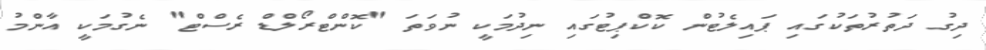
ދިގު ދަތުރުތަކުގައި ޕައިލެޓުން ކޮކްޕިޓުގައި ނިދުމަކީ ނުވަތަ "ކޮންޓްރޯލްޑް ރެސްޓް" ނެގުމަކީ އާންމު